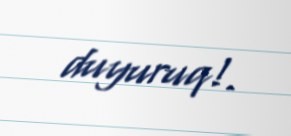
duyuruq!.